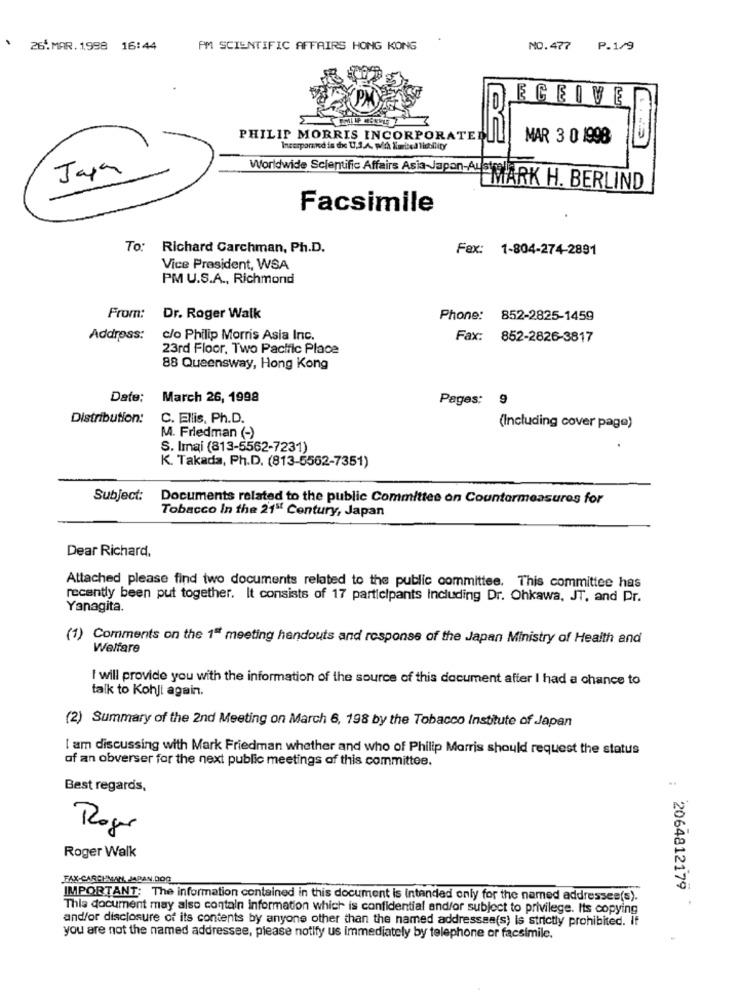
26.MAR. 1998 16:44
PM SCIENTIFIC AFFAIRS HONG KONG
NO.477 P.1/9
ECEIVER
PHILIP MORRIS INCORPORATE
MAR 3 0 1998
Incorporated is de U.3.A. poch Kurtted Tibility
-
Japan
Worldwide Scientific Affairs Asia-Japan AusMARK H. BERLIND
Facsimile
To: Richard Carchman, Ph.D.
Fax: 1-804-274-2891
Vice President, WSA
PM U.S.A ., Richmond
From:
Dr. Roger Walk
Phone: 852-2825-1459
Address:
c/o Philip Morris Asia Inc.
Fax: 852-2826-3817
23rd Floor, Two Pacific Place
88 Queensway, Hong Kong
Date:
March 26, 1998
Pages: 9
Distribution:
C. Ellis, Ph.D.
(Including cover page)
M. Friedman (-)
S. Imai (813-5562-7231)
K. Takada, Ph.D. (813-5562-7351)
Subject:
Documents related to the public Committee on Countermeasures for
Tobacco In the 21"' Century, Japan
Dear Richard.
Attached please find two documents related to the public committee. This committee has
recently been put together. It consists of 17 participants Including Dr. Ohkawa, JT, and Dr.
Yanagita.
(1) Comments on the 1" meeting handouts and response of the Japan Ministry of Health and
Welfare
I will provide you with the information of the source of this document after I had a chance to
talk to Kohji again.
(2) Summary of the 2nd Meeting on March 6, 198 by the Tobacco Institute of Japan
I am discussing with Mark Friedman whether and who of Philip Morris should request the status
of an obverser for the next public meetings of this committee.
Best regards,
Roger
Roger Walk
FAX-CARCHMAN, JAPAN.DOG
: 2064812179
IMPORTANT; The information contained in this document is intended only for the named addresses(s).
This document may also contain information which is confidential and/or subject to privilege. Its copying
and/or disclosure of its contents by anyone other than the named addressse(s) is strictly prohibited. If
you are not the named addressee, please notify us Immediately by telephone or facsimile.